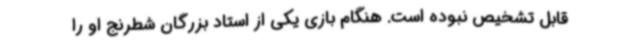
قابل تشخیص نبوده است. هنگام بازی یکی از استاد بزرگان شطرنج او را